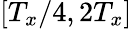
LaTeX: [T_{x}/4,2T_{x}]